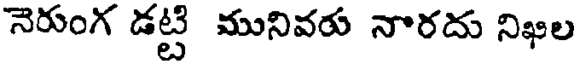
నెరుంగ డట్టి మునివరు నారదు నిఖిల